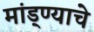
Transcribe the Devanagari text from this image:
मांड्ण्याचे